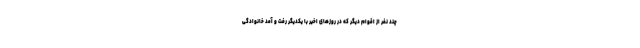
چند نفر از اقوام دیگر که در روزهای اخیر با یکدیگر رفت و آمد خانوادگی